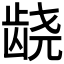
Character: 𱌰